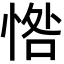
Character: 𢜥